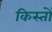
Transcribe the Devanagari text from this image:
किस्‍तों